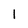
Character: 1